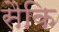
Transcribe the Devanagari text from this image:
सैकि